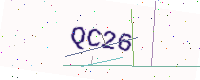
Text: QC26